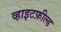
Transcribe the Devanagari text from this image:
व्हाइटफ़ील्ड